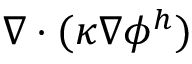
\nabla \cdot ( \kappa \nabla \phi ^ { h } )